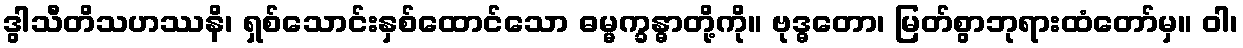
ဒွါသီတိသဟဿနိ၊ ရှစ်သောင်းနှစ်ထောင်သော ဓမ္မက္ခန္ဓာတို့ကို။ ဗုဒ္ဓတော၊ မြတ်စွာဘုရားထံတော်မှ။ ဝါ၊